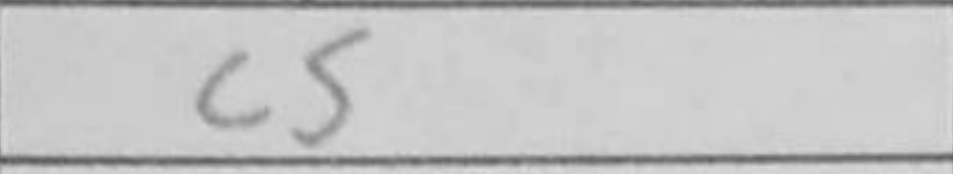
Transcription: c5